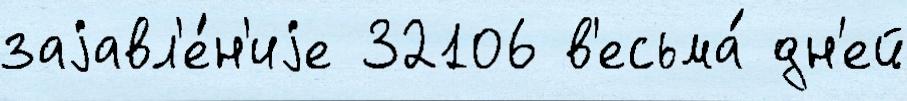
заjавл'е́н'иjе 32106 в'есьма́ дн'ей